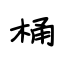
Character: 桶